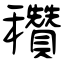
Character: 穳